Lunatic asylums Bombay report 1891-1903 - 1891-1903
Year: 1891
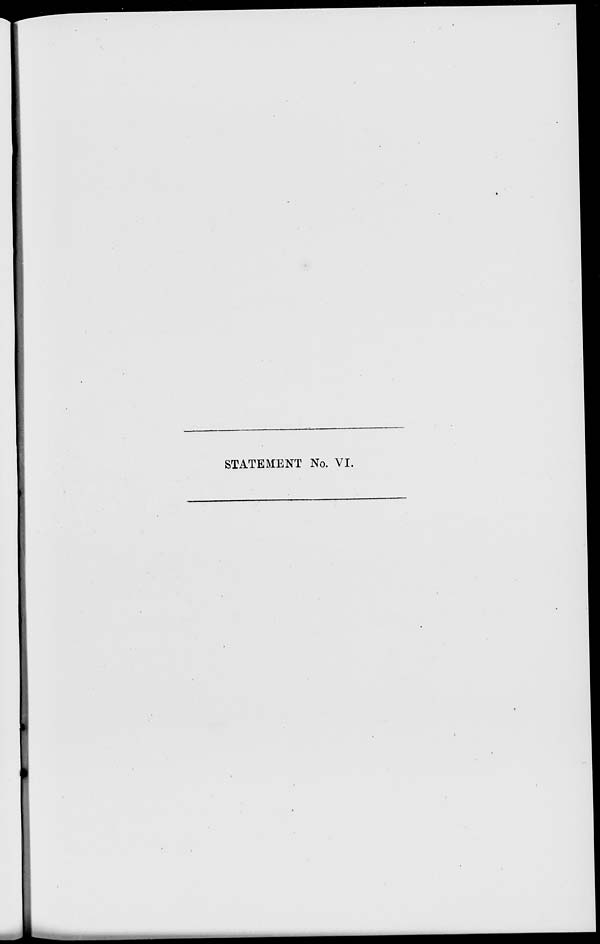
STATEMENT No. VI.